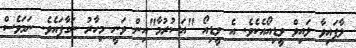
ލާފައިވާ ލައިވް ވީޑިއޯއެކެވެ. އެ ވީޑިއޯ "އަސުރުމާ"އިން ވަނީ މިހާރު ނަގާފައެވެ. ނަމަވެސް